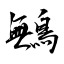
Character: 鷡